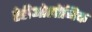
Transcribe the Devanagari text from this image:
रेडीओलोजिक